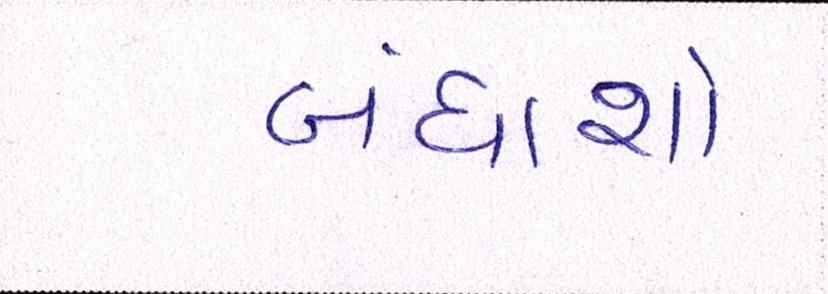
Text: બંધાશો